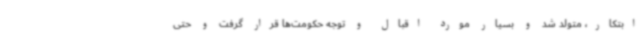
ابتکار، متولد شد و بسیار مورد اقبال و توجه حکومت‌ها قرار گرفت و حتی